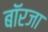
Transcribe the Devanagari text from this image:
बॉरजा